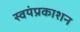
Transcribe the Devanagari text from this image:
स्वयंप्रकाशन